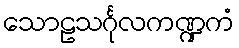
သောဠသင်္ဂုလကဏ္ဍကံ